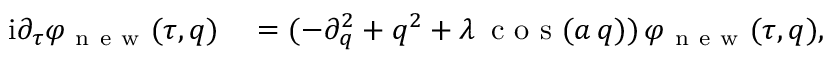
\begin{array} { r l } { \mathrm { i } \partial _ { \tau } \varphi _ { \mathrm { ~ n ~ e ~ w ~ } } ( \tau , q ) } & { { } = ( - \partial _ { q } ^ { 2 } + q ^ { 2 } + \lambda \, \mathrm { ~ c ~ o ~ s ~ } ( a \, q ) ) \, \varphi _ { \mathrm { ~ n ~ e ~ w ~ } } ( \tau , q ) , } \end{array}